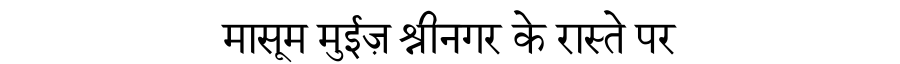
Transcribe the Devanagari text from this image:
मासूम मुईज़ श्रीनगर के रास्ते पर